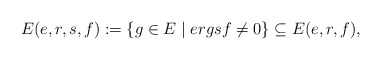
\begin{align*} E(e,r,s,f):=\{g\in E\mid ergsf\ne 0\}\subseteq E(e,r,f),\end{align*}